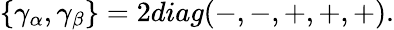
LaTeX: \{ \gamma_{\alpha},\gamma_{\beta}\} =2diag(-,-,+,+,+).